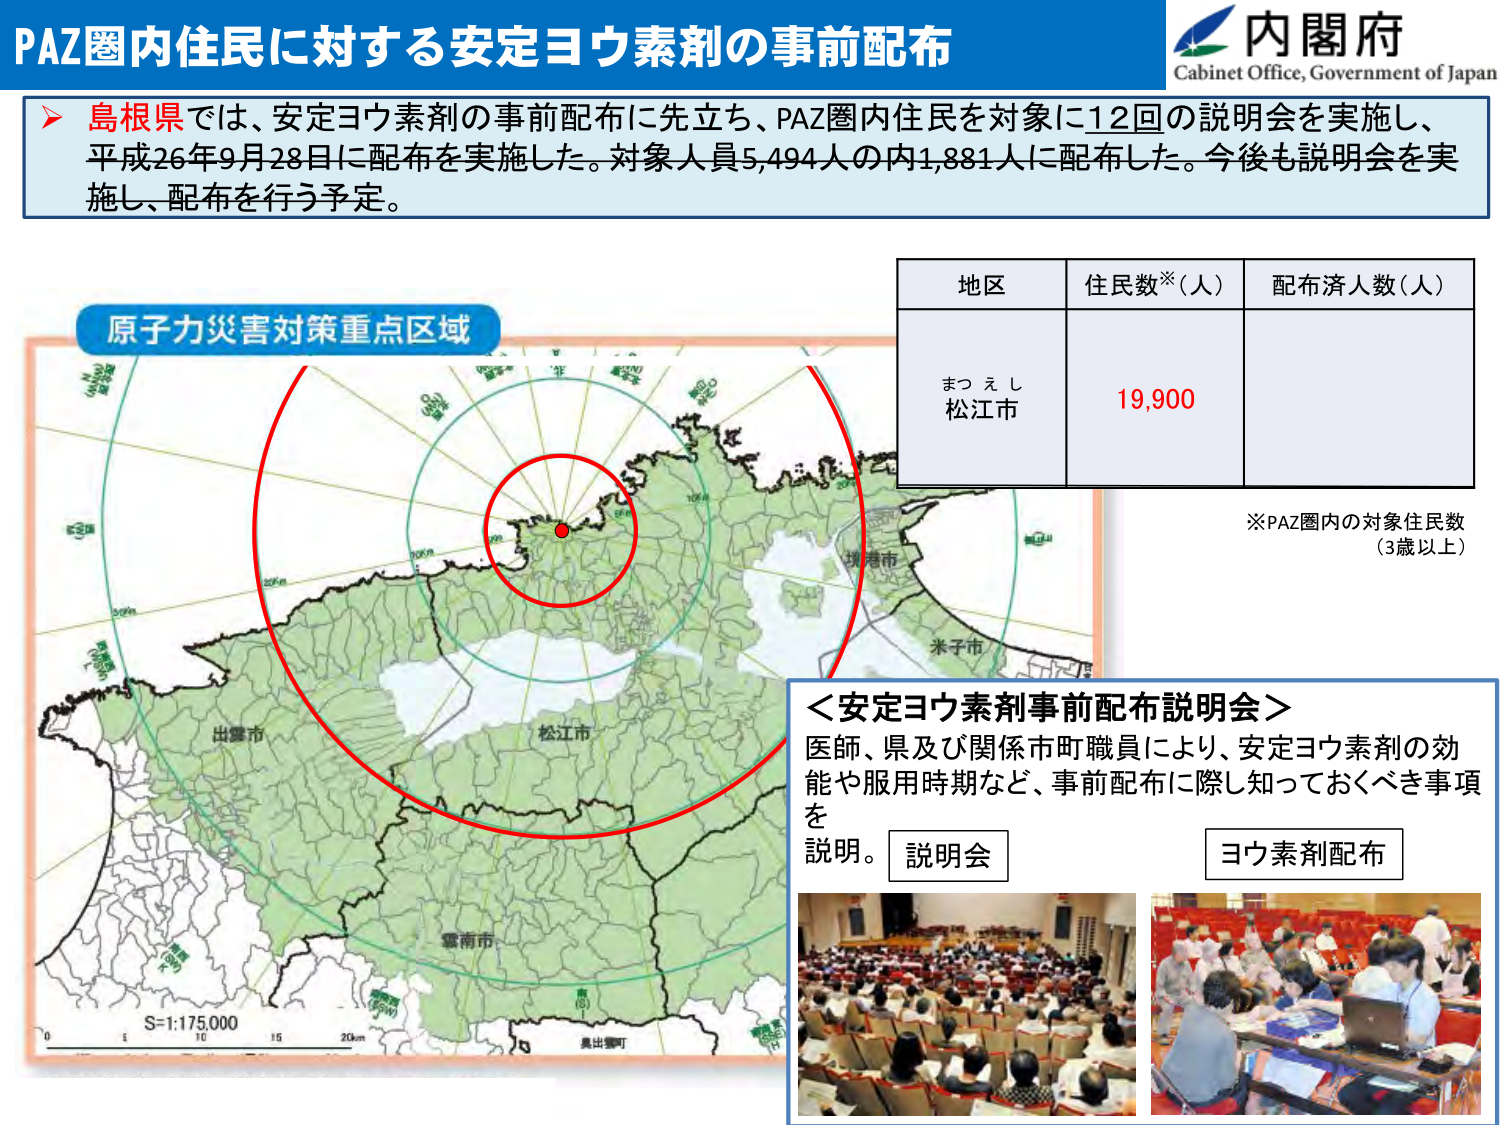
PAZ圏内住民に対する安定ヨウ素剤の事前配布
内閣府
Cabinet Office, Government of Japan

▶ 島根県では、安定ヨウ素剤の事前配布に先立ち、PAZ圏内住民を対象に12回の説明会を実施し、
平成26年9月28日に配布を実施した。対象人員5,494人の内1,881人に配布した。今後も説明会を実
施し、配布を行う予定。

原子力災害対策重点区域
S=1:175,000
0 5 10 15 20km
出雲市
松江市
雲南市
奥出雲町
米子市
境港市
10km
20km
30km
40km
50km
60km
70km
80km
90km
100km
110km
120km
130km
140km
150km
160km
170km
180km
190km
200km
210km
220km
230km
240km
250km
260km
270km
280km
290km
300km
310km
320km
330km
340km
350km
360km
370km
380km
390km
400km
410km
420km
430km
440km
450km
460km
470km
480km
490km
500km
510km
520km
530km
540km
550km
560km
570km
580km
590km
600km
610km
620km
630km
640km
650km
660km
670km
680km
690km
700km
710km
720km
730km
740km
750km
760km
770km
780km
790km
800km
810km
820km
830km
840km
850km
860km
870km
880km
890km
900km
910km
920km
930km
940km
950km
960km
970km
980km
990km
1000km

地区 住民数※（人） 配布済人数（人）
まつえし
松江市 19,900

※PAZ圏内の対象住民数
（3歳以上）

＜安定ヨウ素剤事前配布説明会＞
医師、県及び関係市町職員により、安定ヨウ素剤の効
能や服用時期など、事前配布に際し知っておくべき事項
を
説明。 説明会
ヨウ素剤配布